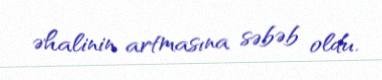
əhalinin artmasına səbəb oldu.